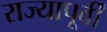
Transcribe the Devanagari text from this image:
राज्यापूर्वीं